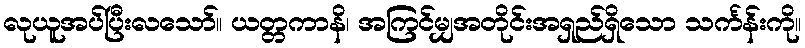
လုယူအပ်ပြီးလသော်။ ယတ္တကာနိ၊ အကြင်မျှအတိုင်းအရှည်ရှိသော သင်္ကန်းကို။